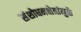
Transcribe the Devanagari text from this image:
संशोधनक्षेत्रांमुळे